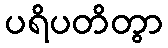
ပရိပတိတွာ